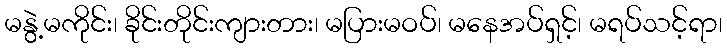
မနွဲ့မကိုင်း၊ ခိုင်းတိုင်းကျားတား၊ မပြားမဝပ်၊ မနေအပ်ရှင့်၊ မရပ်သင့်ရာ၊